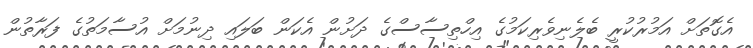
އެގޮތަށް އަމުރުކުރީ ބެލެނިވެރިކަމުގެ އިހްތިސާސްގެ ދަށުން އެކަން ބަލައި ދިނުމަށް އުސާމަތުގެ ފަރާތުން